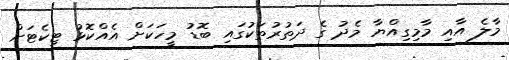
މާލެ އާއި މާމިގިއްޔާ މެދު ގެ ދަތުރުތަކުގައި ބޮޑު މީހަކަށް އެއްކޮޅު ޓިކެޓަށް